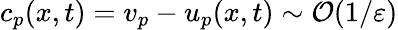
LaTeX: c_{p}(x,t)=v_{p}-u_{p}(x,t)\sim\mathcal{O}(1/\varepsilon)